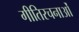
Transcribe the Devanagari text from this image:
गीतिरचनाओं